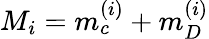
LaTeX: M_{i}=m_{c}^{(i)}+m_{D}^{(i)}